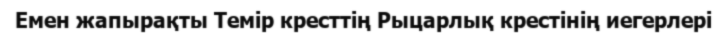
Емен жапырақты Темір кресттің Рыцарлық крестінің иегерлері